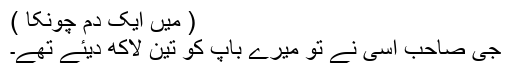
( میں ایک دم چونکا )
جی صاحب اسی نے تو میرے باپ کو تین لاکھ دیئے تھے۔